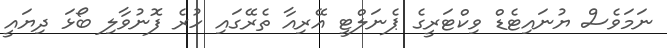
ނަމަވެސް ޔުނައިޓެޑް ވިކްޓަރީގެ ޕެނަލްޓީ އޭރިއާ ތެރޭގައި ހުރެ ފޮނުވާލި ބޯޅަ ދިޔައީ